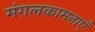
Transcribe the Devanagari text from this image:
मंगलकामनाएँ